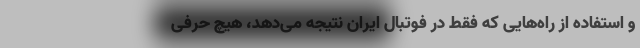
و استفاده از راه‌هایی که فقط در فوتبال ایران نتیجه می‌دهد، هیچ حرفی